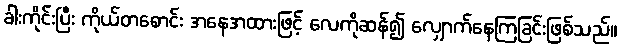
ခါးကိုင်းပြီး ကိုယ်တစောင်း အနေအထားဖြင့် လေကိုဆန်၍ လျှောက်နေကြခြင်းဖြစ်သည်။